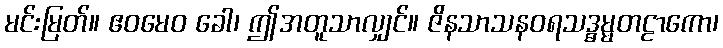
မင်းမြတ်။ ဧဝမေဝ ခေါ၊ ဤအတူသာလျှင်။ ဇိနသာသနဝရသဒ္ဓမ္မတဠာကော၊